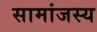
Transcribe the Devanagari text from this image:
सामांजस्य